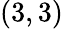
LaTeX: (3,3)